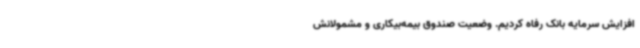
افزایش سرمایه بانک رفاه کردیم. وضعیت صندوق بیمه‌بیکاری و مشمولانش